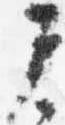
了